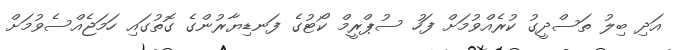
އަދި ބިލު ތަސްދީގު ކުރެއްވުމަށް ފަހު ސުޕްރީމް ކޯޓުގެ ފަނޑިޔާރުންގެ ގޮތުގައި ހަމަޖެއްސެވުމަށް